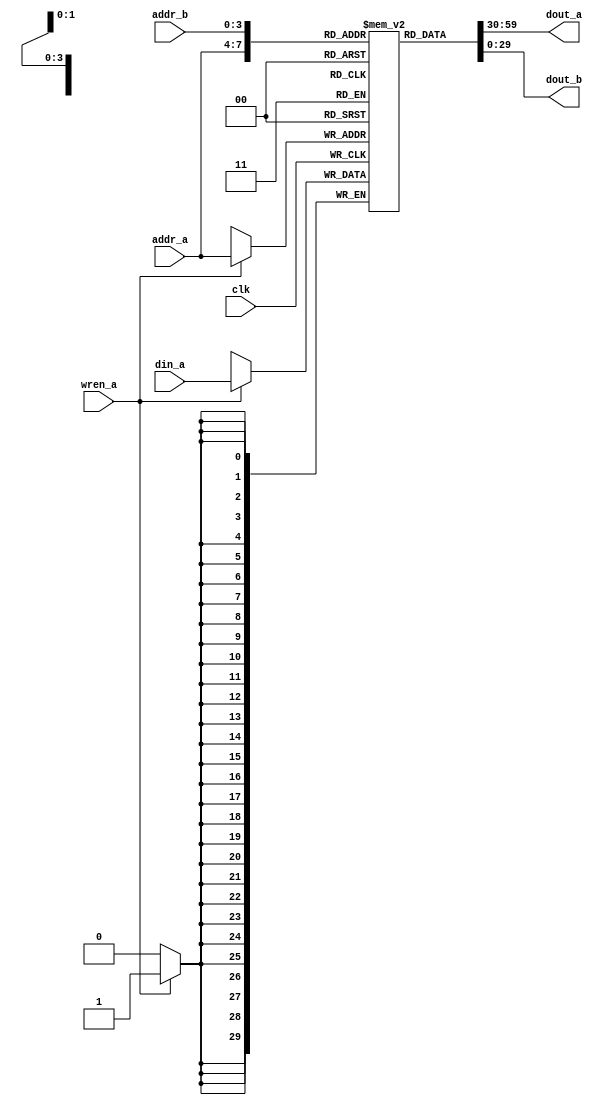
//******************************************************************************
//* FPGA implementation of the Nintendo Entertainment System (NES).            *
//*                                                                            *
//* 16 x 30 bit dual-port distributed RAM.                                     *
//* Version      : 1.0                                                         *
//* Last modified: 2011.10.11.                                                 *
//*                                                                            *
//* Copyright (c) 2010-2011 Tamas Raikovich (rtamas@mit.bme.hu)                *
//* All rights reserved.                                                       *
//*                                                                            *
//* For educational purposes only. Redistribution of the source code or the    *
//* synthesized form, with or without modification, is not permitted.          *
//******************************************************************************
module dpram_16x30bit(
   //Clock.
   input  wire        clk,          //Clock input.
   
   //A port: read/write
   //Write is synchronous to the clk, read is asynchronous.
   input  wire [3:0]  addr_a,       //Address input.
   input  wire        wren_a,       //Write enable input.
   input  wire [29:0] din_a,        //Input data.
   output wire [29:0] dout_a,       //Output data.
   
   //B port: read only
   //Read is asynchronous.
   input  wire [3:0]  addr_b,       //Address input.
   output wire [29:0] dout_b        //Output data.
);

//*****************************************************************************
//* 16 x 30 bit dual-port distributed RAM.                                    *
//*****************************************************************************
(* ram_style="distributed" *)
reg [29:0] dpram [15:0];

always @(posedge clk)
begin
   if (wren_a)
      dpram[addr_a] <= din_a;
end

assign dout_a = dpram[addr_a];
assign dout_b = dpram[addr_b];


endmodule